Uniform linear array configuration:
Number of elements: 4
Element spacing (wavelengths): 0.75
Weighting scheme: kaiser
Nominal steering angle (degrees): -15
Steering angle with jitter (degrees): -13.852
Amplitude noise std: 0.05
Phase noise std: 0.05

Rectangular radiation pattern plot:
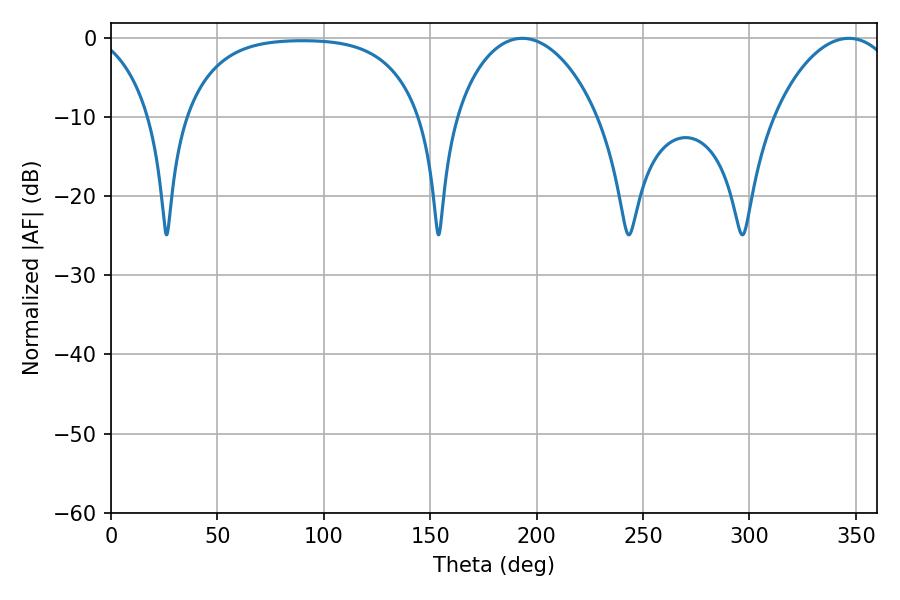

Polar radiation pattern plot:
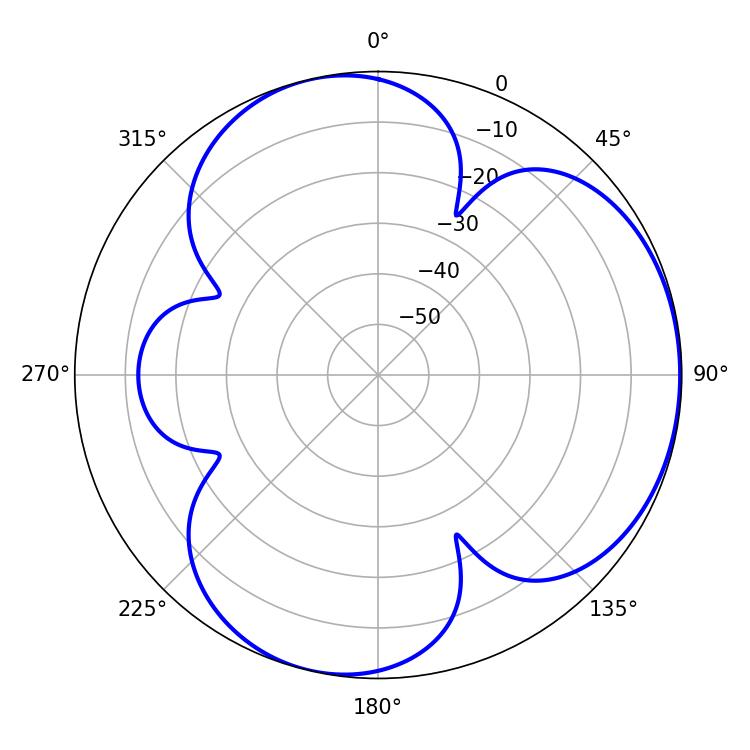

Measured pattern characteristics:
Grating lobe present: TRUE
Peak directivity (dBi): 4.209
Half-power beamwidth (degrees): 37.98
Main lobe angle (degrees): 193.32